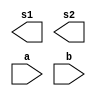
// ------------------------- 
// Exemplo0031 - BASE 
// Nome: Ederson Cristiano Nunes 
// Versao: 0.1 
// ------------------------- 
// ------------------------- 
// f4_gate 
// ------------------------- 
module f4 (output [3:0] s1, 
           output [3:0] s2,
           input  [3:0] a, 
           input  [3:0] b); 
endmodule // f4 

module test_f4; 
// ------------------------- definir dados 
   reg  [3:0] x; 
   reg  [3:0] y; 
   wire [3:0] z; 
   wire [3:0] t; 
	
   f4 modulo (z, t, x, y); 

// descrever por portas 

and a0 [3:0](z,x,y);
or  o0 [3:0](t,x,y); 


// ------------------------- parte principal 

initial begin 
$display("Exemplo0031 - Ederson Cristiano Nunes - 438964"); 
$display("Test LU's module"); 

x = 4'b0011;        y = 4'b0101; 

// projetar testes do modulo 
#1 $display("%3b %3b %3b %3b",x,y,z,t); 

end 

       endmodule // test_f4 
		 
   //Test LU's module
   //0011 0101 0001 0111